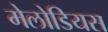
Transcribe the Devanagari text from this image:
मेलोडियस